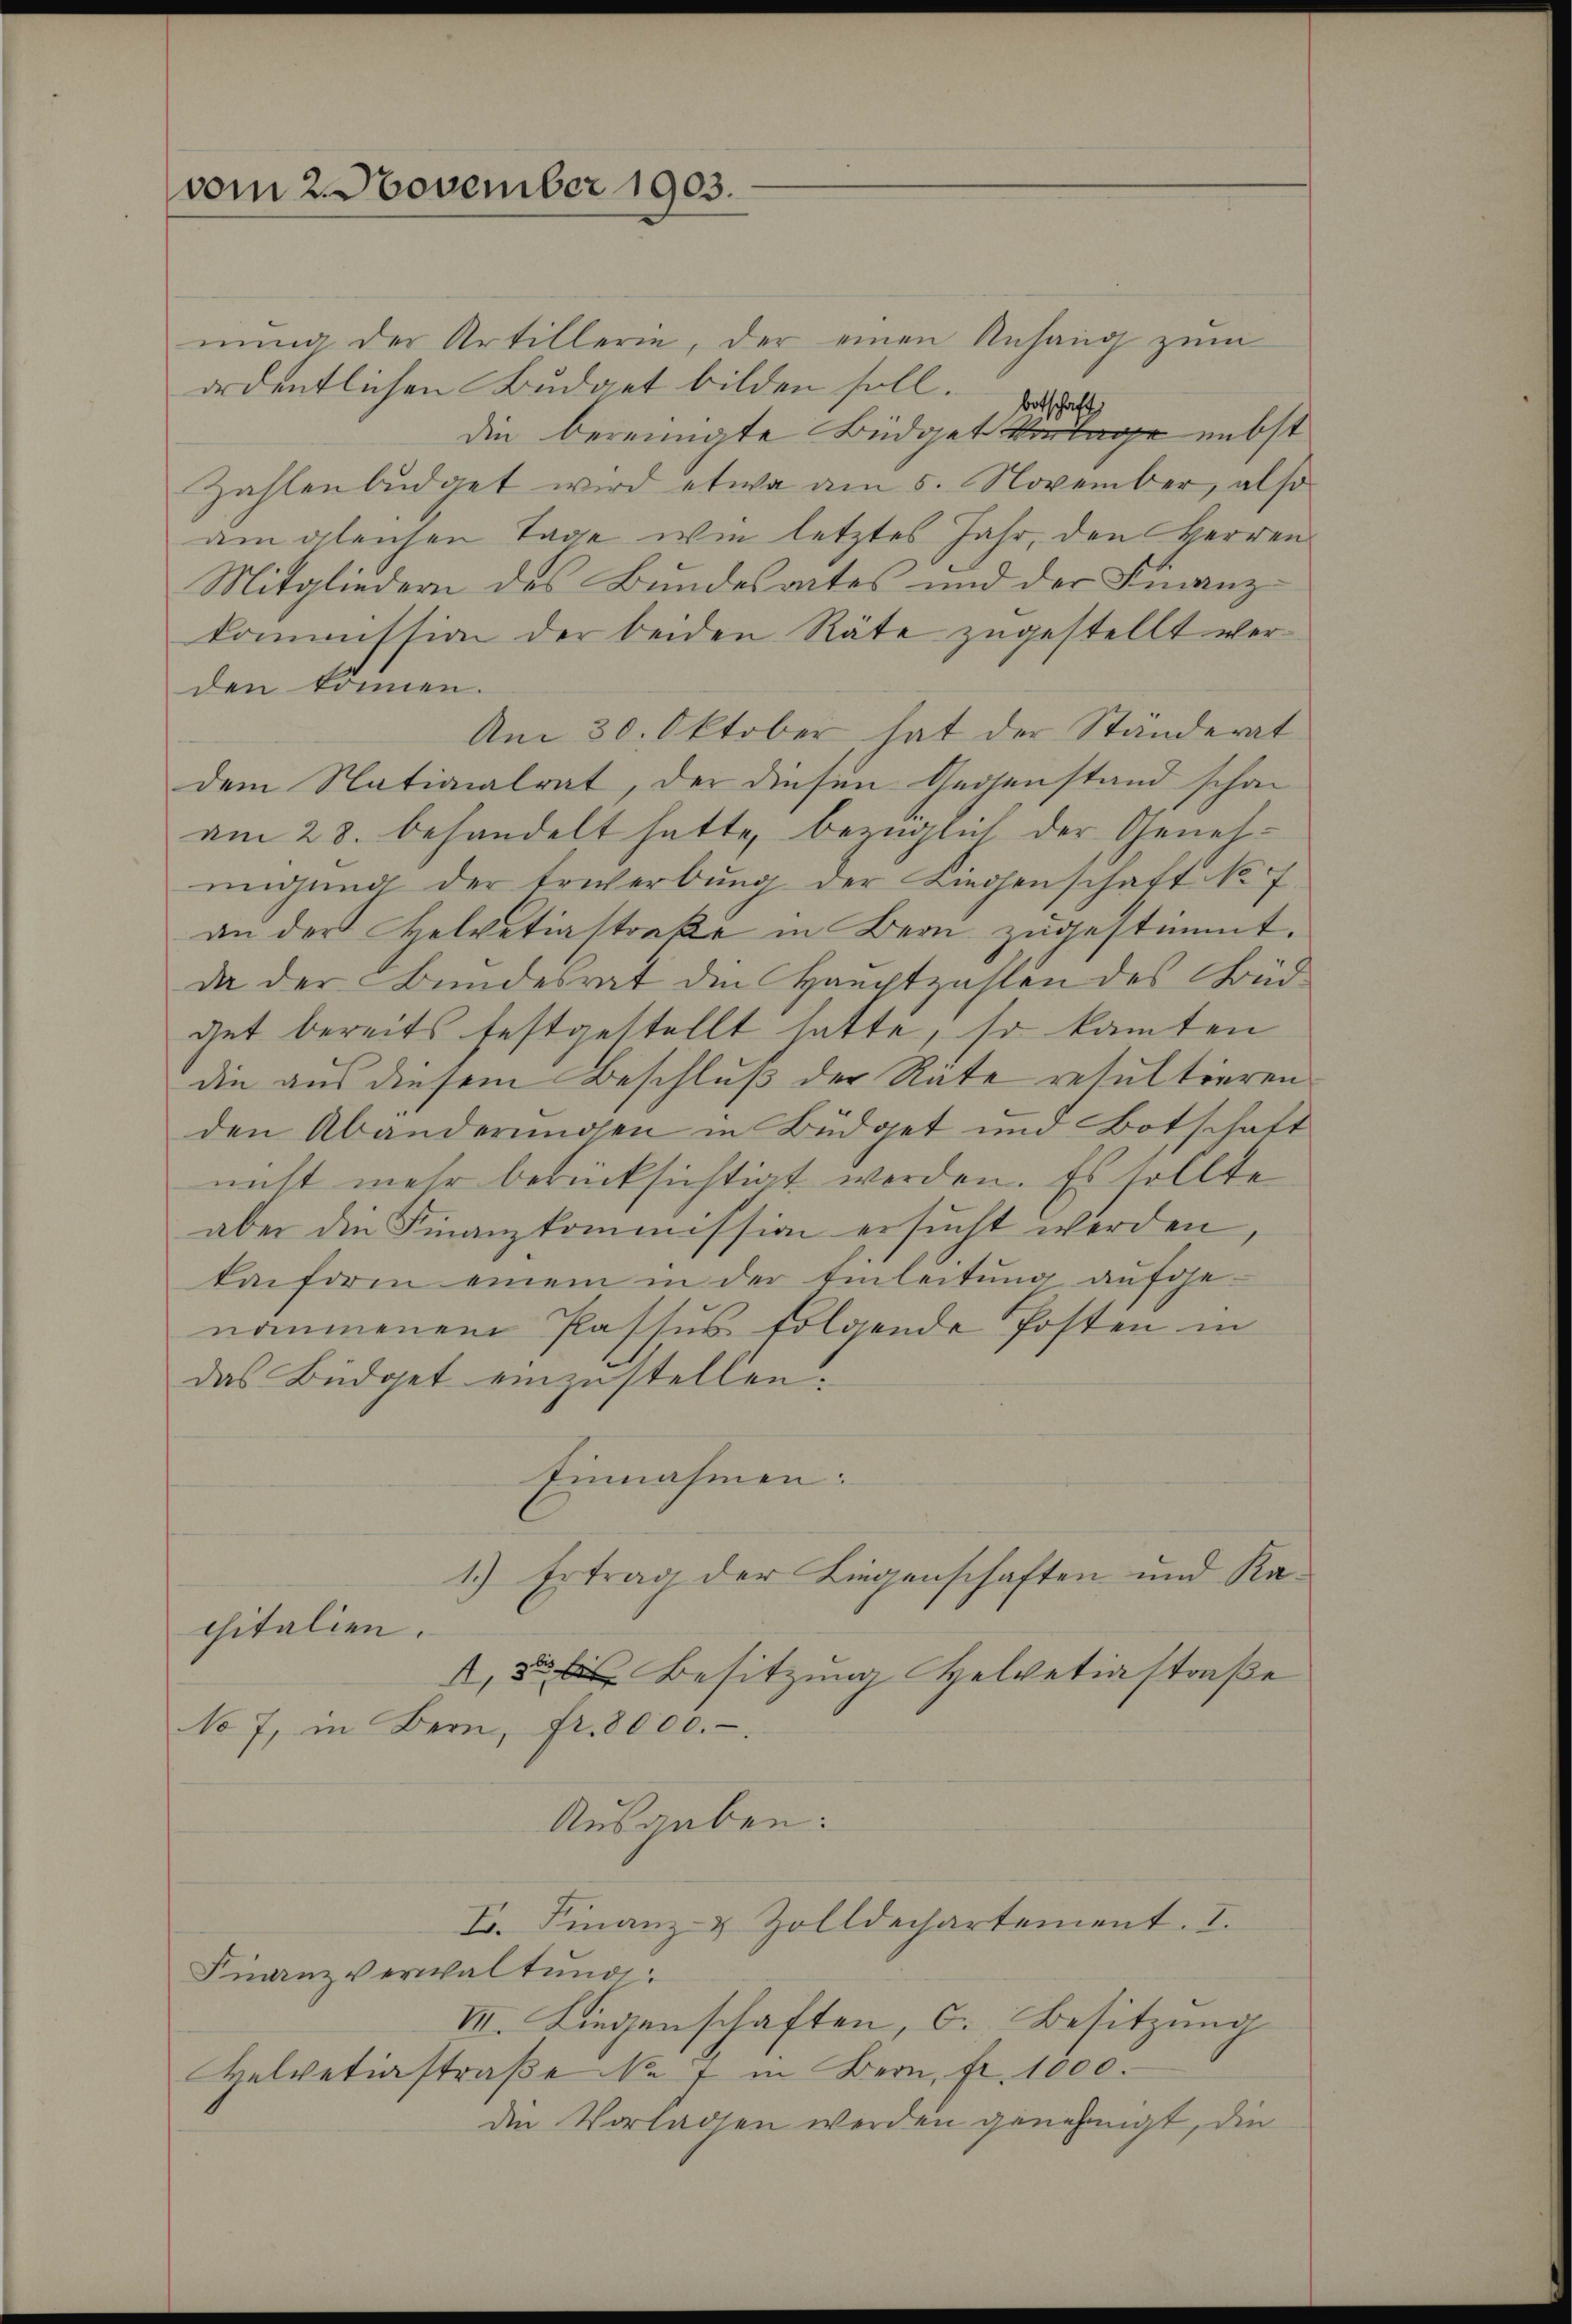
vom 2. November 1903.

nŭng der Artillerie, der einen Anhang zŭm
ordentlichen Budget bilden soll. D
die bereinigte Büdget Vortage nebst
Zahlenbüdget wird etwa am 5. November, also
am gleichen Tage wie letztes Jahr, den Herren¬
Mitgliedern des Bundesactes und der Finanz-
kommission der beiden Räte zugestellt werden können.
Am 30. Oktober hat der Ständerat
dem Nationalrat, der diesen Gedenstand schon
am 28. behandelt hatte, bezüglich der Genehmigŭng der Erwerbŭng der Liegenschaft Nr. 7
an der Helvetiastreke in Bern zugestimmt.
da der Bundesrat die Hauptzahlen des Büdget bereits festgestellt hatte, so kanten
die aus diesem Beschluß der Räte resultieren
den Abänderungen in Büdget und Botschaft
nicht mehr berücksichtigt werden. Es sollte
aber die Finanzkommission ersucht werden
taiform einem in der Einleitŭng aufge-
nommenen Passus folgende Posten in
das Büdget einzustellen.
Einnahmen:
1.) Ertrag der Liegenschaften und Kachitalien.
, 3 des Besitzung Helvetiastraße
No 7, in Bern, fr. 8000.
Ausgaben:
L. Finanz- & Zolldechartement. I.
Finanzverwaltung:
VII. Liegenschaften, C. Besitzung
Helvetiastraße No 7 in Bern, fr. 1000.
den Vorladen werden genehmigt, die